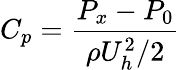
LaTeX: C_{p}=\frac{P_{x}-P_{0}}{\rho U_{h}^{2}/2}